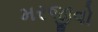
મરજીવો